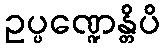
ဥပ္ပဏ္ဍေန္တိပိ